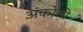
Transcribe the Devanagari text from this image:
अंकोली